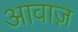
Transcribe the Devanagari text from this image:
आवाज़़